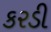
કરડી